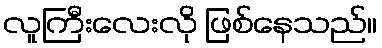
လူကြီးလေးလို ဖြစ်နေသည်။